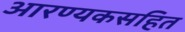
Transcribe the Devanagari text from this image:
आरण्यकसहित